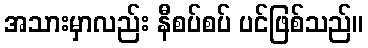
အသားမှာလည်း နီစပ်စပ် ပင်ဖြစ်သည်။